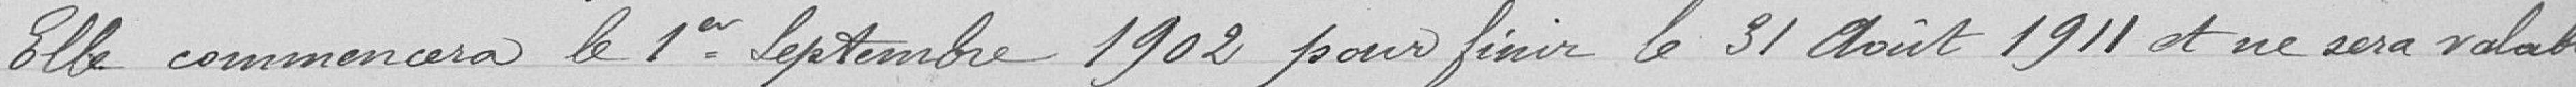
Elle commencera le 1er septembre 1902 pour finir  le 31 août 1911 et ne sera valable